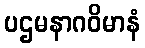
ပဌမနာဂဝိမာနံ